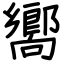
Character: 嚮